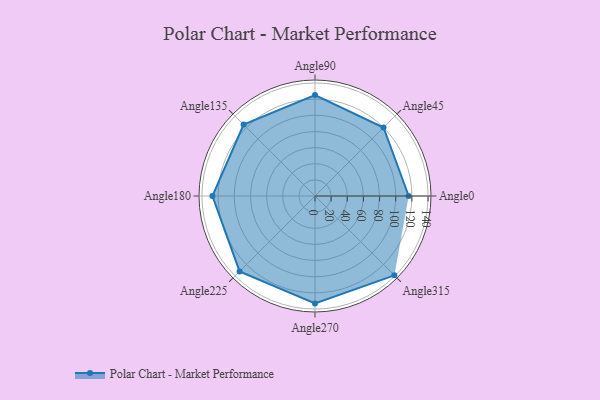
{"axis": {"x": "Angle", "y": "Radius"}, "legend": [""], "data": [{"x": "Angle0", "y": 116.0, "type": ""}, {"x": "Angle45", "y": 120.0, "type": ""}, {"x": "Angle90", "y": 125.0, "type": ""}, {"x": "Angle135", "y": 125.0, "type": ""}, {"x": "Angle180", "y": 127.0, "type": ""}, {"x": "Angle225", "y": 132.0, "type": ""}, {"x": "Angle270", "y": 133.0, "type": ""}, {"x": "Angle315", "y": 139.0, "type": ""}]}